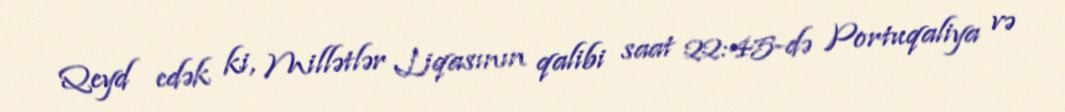
Qeyd edək ki, Millətlər Liqasının qalibi saat 22:45-də Portuqaliya və